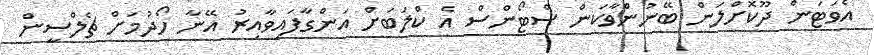
އެވަޓަން ދޫކޮށްލަން ބޭނުންވާކަން ސްޓޯންސް އެ ކްލަބަށް އަންގާފައިވާއިރު އޭނާ ހޯދުމަށް ޗެލްސީން